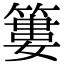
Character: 簍